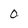
Character: 0